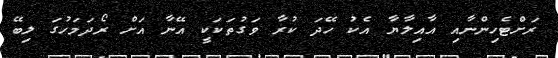
ރަށްޓެހިންނާއި އާއިލާޔާ އެކު ހޭދަ ކުރާ ވަގުތަކަކީ އޭނާ އަށް ރޯދަމަހުގަ ލިބޭ